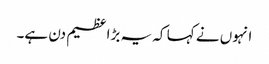
انہوں نے کہا کہ یہ بڑا عظیم دن ہے۔